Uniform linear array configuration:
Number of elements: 48
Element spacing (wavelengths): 0.25
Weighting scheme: hamming
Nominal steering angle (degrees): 15
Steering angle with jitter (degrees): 16.751
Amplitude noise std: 0.05
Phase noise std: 0.05

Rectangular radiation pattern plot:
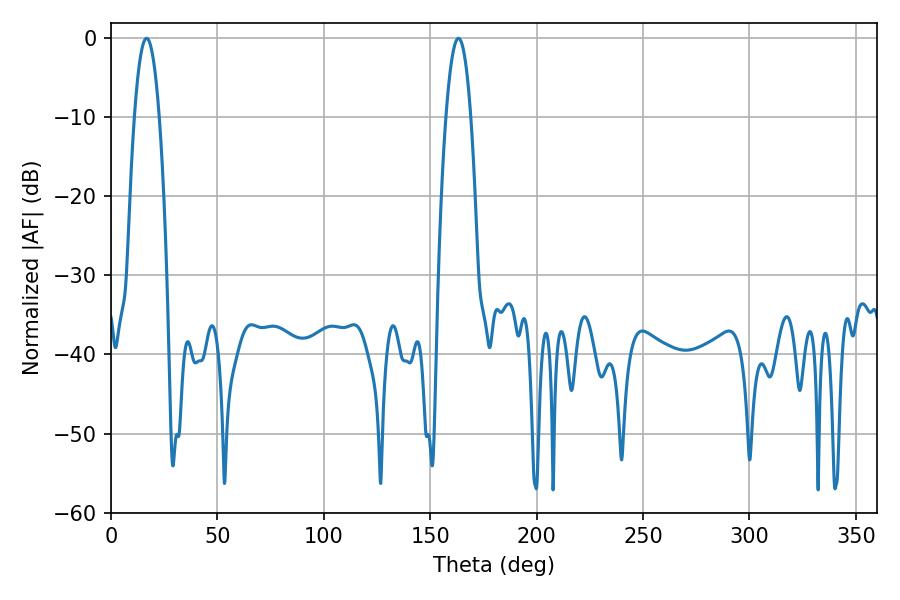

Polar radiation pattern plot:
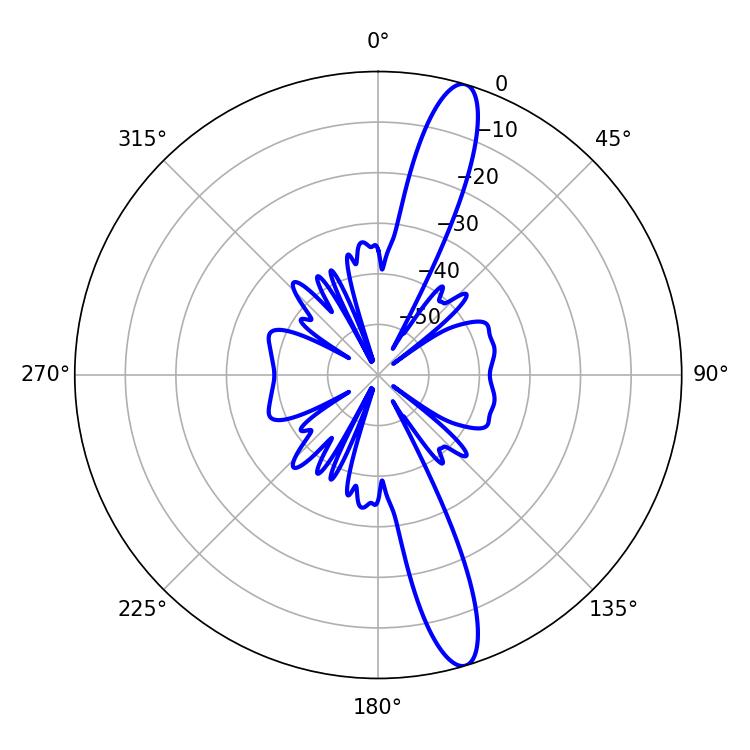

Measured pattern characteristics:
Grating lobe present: FALSE
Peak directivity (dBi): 14.565
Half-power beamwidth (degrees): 6.48
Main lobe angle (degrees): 16.74